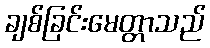
ချစ်ခြင်းမေတ္တာသည်